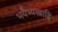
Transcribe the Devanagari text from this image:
भयैभ्यस्त्राहि